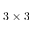
3 \times 3